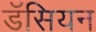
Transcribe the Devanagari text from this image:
डॅसियन